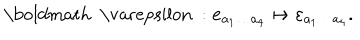
LaTeX: \mathrm { \boldmath ~ \ v a r e p s i l o n ~ } : { \bf e } _ { a _ { 1 } \ldots a _ { 4 } } \mapsto \varepsilon _ { a _ { 1 } \ldots a _ { 4 } } .